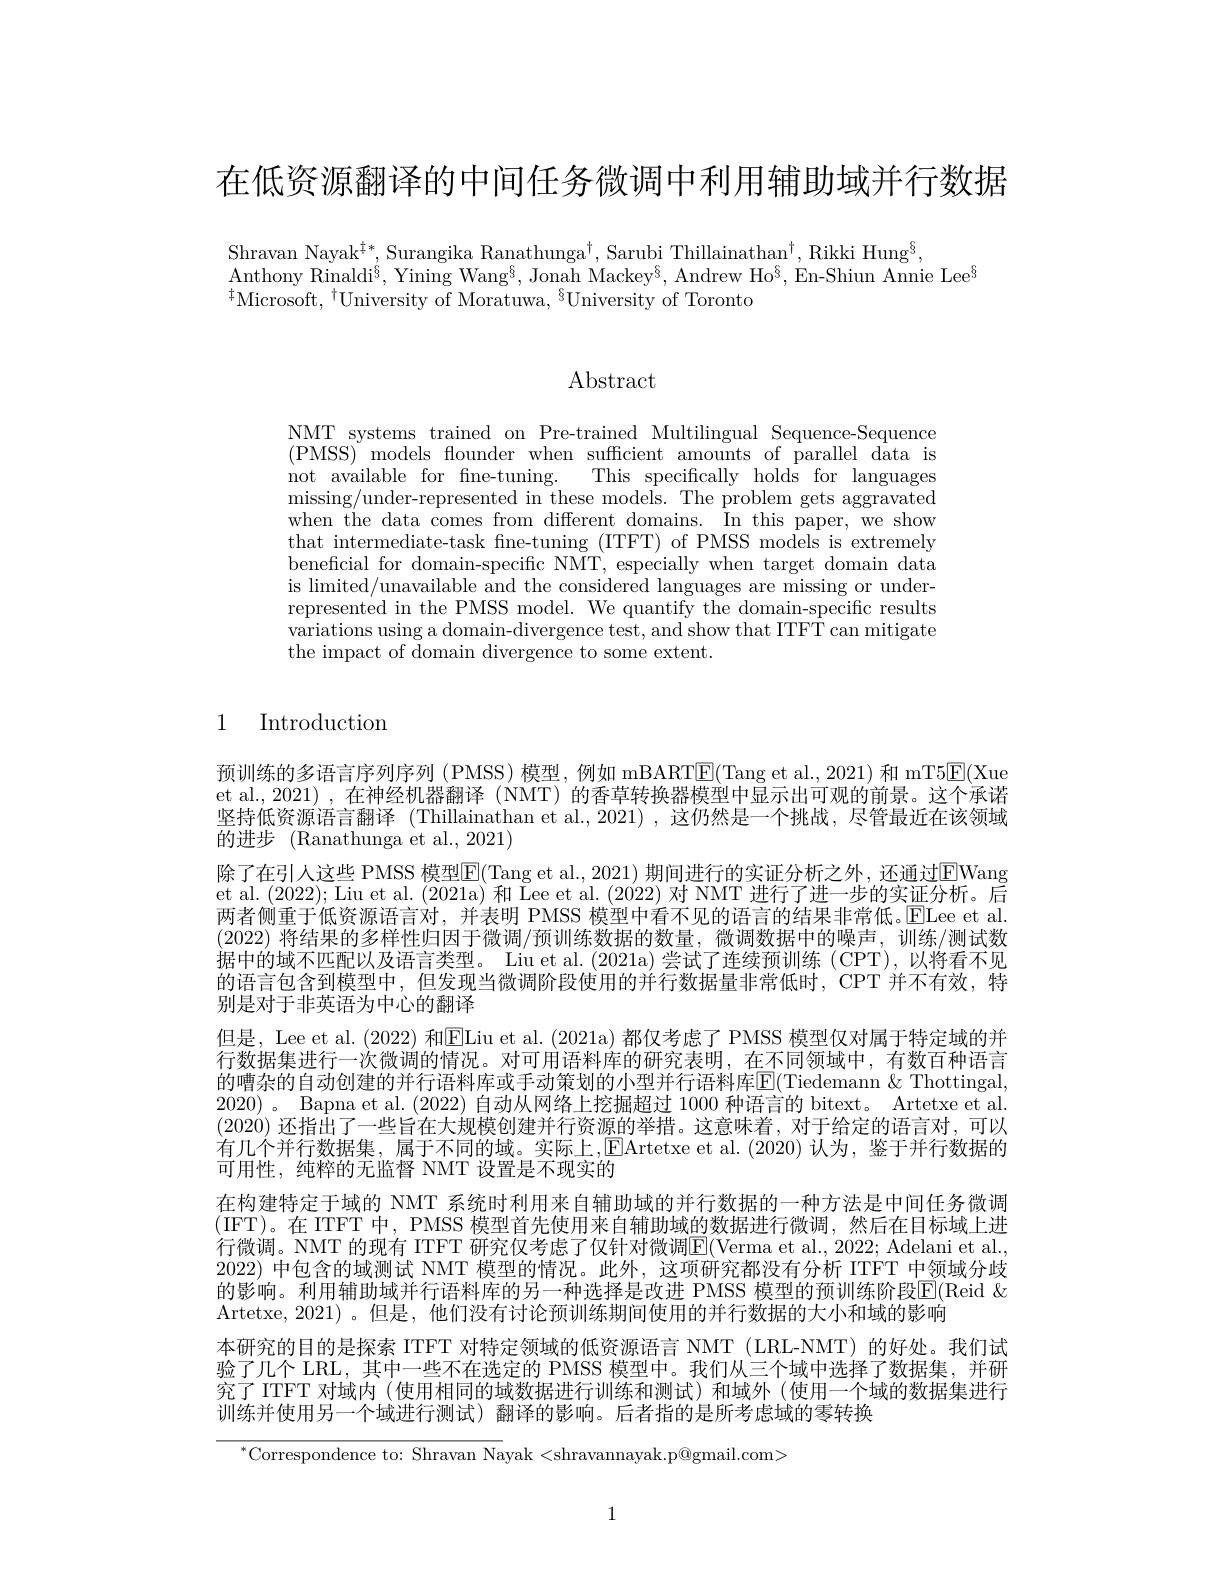
在低资源翻译的中间任务微调中利用辅助域并行数据

Shravan Nayak$_{\frac{1}{*}}$, Surangika Ranathunga$^\dagger$, Sarubi Thillainathan$^\dagger$, Rikki Hung$^\S$,
$\mathrm{Anthony~Rinaldi}^{6}$, Yining Wang$^{6}$, Jonah Mackey$^{6}$, Andrew Ho$^{8}$, En-Shiun Annie Lee$^{8}$
$^{\ddagger}$Microsoft,$^{\dag}$University of Moratuwa,$^{\S}$University of Toronto

$\operatorname{Abstract}$

NMT systems trained on Pre-trained Multilingual Sequence-Sequence ( PMSS) models flounder when sufficient amounts of parallel data is not available for fne-tuning. This specifically holds for languages missing/under-represented in these models. The problem gets aggravated when the data comes from different domains. In this paper, we show that intermediate-task fine-tuning (ITFT) of PMSS models is extremely beneficial for domain-specific NMT, especially when target domain data is limited/unavailable and the considered languages are missing or underrepresented in the PMSS model. We quantify the domain-specific results $\bar{\text{variations using a domain-divergence test, and show that ITFT can mitigate}}$ the impact of domain divergence to some extent.

1 Introduction

预训练的多语言序列序列 (PMSS) 模型，例如 mBART$\overline{\mathrm{E}}($Tang et al.,2021) 和 mT5$\overline{\mathrm{E}}($Xue et al., 2021) , 在神经机器翻译 (NMT) 的香草转换器模型中显示出可观的前景。这个承诺坚持低资源语言翻译 (Thillainathan et al.,2021) ,这仍然是一个挑战，尽管最近在该领域的进步 (Ranathunga et al., 2021)
除了在引人这些 PMSS 模型$\boxed{\mathrm{F}}($Tang et al., 2021) 期间进行的实证分析之外，还通过$\boxed{\mathrm{F}}$Wang et al. (2022); Liu et al. (2021a) 和 Lee et al. (2022) 对 NMT 进行了进一步的实证分析。后两者侧重于低资源语言对，并表明 PMSS 模型中看不见的语言的结果非常低。$\overline{\mathrm{ELee~et~al}}$ (2022) 将结果的多样性归因于微调/预训练数据的数量，微调数据中的噪声，训练/测试数据中的域不匹配以及语言类型。Liu et al. (2021a)尝试了连续预训练 (CPT),以将看不见的语言包含到模型中，但发现当微调阶段使用的并行数据量非常低时，CPT 并不有效，特别是对于非英语为中心的翻译
但是，Lee et al. (2022) 和ELiu et al. (2021a)都仅考虑了 PMSS 模型仅对属于特定域的并行数据集进行一次微调的情况。对可用语料库的研究表明，在不同领域中，有数百种语言的嘈杂的自动创建的并行语料库或手动策划的小型并行语料库$\overline{\mathrm{E}}($Tiedemann &Thottingal, 2020) 。Bapna et al. (2022) 自动从网络上挖掘超过 1000 种语言的 bitext。Artetxe et al. (2020)还指出了一些旨在大规模创建并行资源的举措。这意味着，对于给定的语言对，可以有几个并行数据集，属于不同的域。实际上，$\operatorname{E\text{Artetxe et al.(2020)认为，鉴于并行数据的}}$ 可用性，纯粹的无监督 NMT 设置是不现实的
在构建特定于域的 NMT 系统时利用来自辅助域的并行数据的一种方法是中间任务微调(IFT)。在 ITFT 中，PMSS 模型首先使用来自辅助域的数据进行微调，然后在目标域上进行微调。NMT 的现有 ITFT 研究仅考虑了仅针对微调$\boxed{\mathrm{E}}($Verma et al., 2022; Adelani et al. 2022)中包含的域测试 NMT 模型的情况。此外，这项研究都没有分析 ITFT 中领域分歧的影响。利用辅助域并行语料库的另一种选择是改进 PMSS 模型的预训练阶段$\overline{\mathrm{E}}($Reid & Artetxe, 2021)。但是，他们没有讨论预训练期间使用的并行数据的大小和域的影响
本研究的目的是探索 ITFT 对特定领域的低资源语言 NMT (LRL-NMT) 的好处。我们试验了几个 LRL, 其中一些不在选定的 PMSS 模型中。我们从三个域中选择了数据集，并研究了ITFT 对域内(使用相同的域数据进行训练和测试)和域外(使用一个域的数据集进行训练并使用另一个域进行测试)翻译的影响。后者指的是所考虑域的零转换

$^{*}$Correspondence to: Shravan Nayak<shravannayak.p@gmail.com>

1